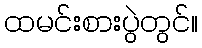
ထမင်းစားပွဲတွင်။